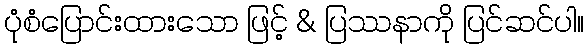
ပုံစံပြောင်းထားသော ဖြင့် & ပြဿနာကို ပြင်ဆင်ပါ။